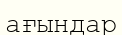
ағындар